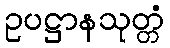
ဥပဋ္ဌာနသုတ္တံ